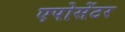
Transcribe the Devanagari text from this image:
एपोसेंटर